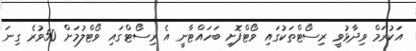
އަކުރަމް ވިދާޅުވީ ރިސޯޓްތަކުގައި ވޯޓްފޮށި ބަަހައްޓާނީ އެ ރިސޯޓްގައި ވޯޓްލުމަށް 50ވުރެ ގިނަ